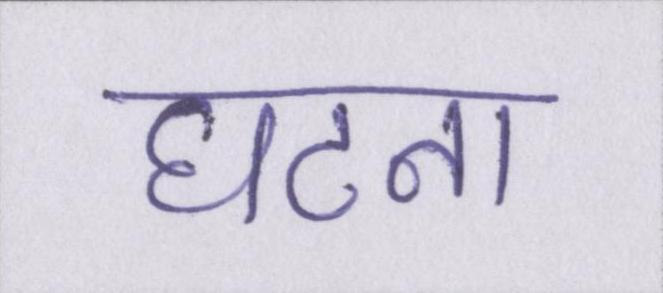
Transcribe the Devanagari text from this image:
घटना